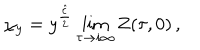
LaTeX: \chi _ { y } = y ^ { \frac { \hat { c } } { 2 } } \lim _ { \tau \rightarrow i \infty } Z ( \tau , 0 ) \, ,